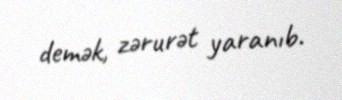
demək, zərurət yaranıb.